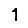
Digit: 1